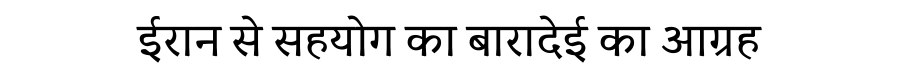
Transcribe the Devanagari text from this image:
ईरान से सहयोग का बारादेई का आग्रह